Civil Veterinary Dept. Bombay admin report 1932-41 - 1932-1941
Year: 1932
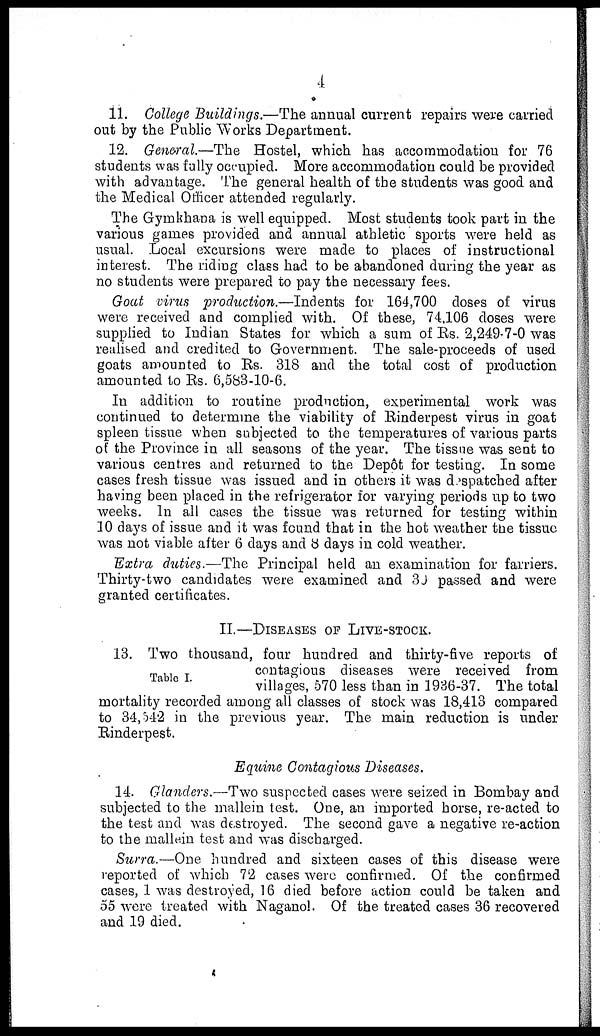
4
11. College Buildings.—The annual current repairs were carried
out by the Public Works Department.
12. General.—The Hostel, which has accommodation for 76
students was fully occupied. More accommodation could be provided
with advantage. The general health of the students was good and
the Medical Officer attended regularly.
The Gymkhana is well equipped. Most students took part in the
various games provided and annual athletic sports were held as
usual. Local excursions were made to places of instructional
interest. The riding class had to be abandoned during the year as
no students were prepared to pay the necessary fees.
Goat virus production.—Indents for 164,700 doses of virus
were received and complied with. Of these, 74,106 doses were
supplied to Indian States for which a sum of Rs. 2,249-7-0 was
realised and credited to Government. The sale-proceeds of used
goats amounted to Rs. 318 and the total cost of production
amounted to Rs. 6,583-10-6.
In addition to routine production, experimental work was
continued to determine the viability of Rinderpest virus in goat
spleen tissue when subjected to the temperatures of various parts
of the Province in all seasons of the year. The tissue was sent to
various centres and returned to the Depôt for testing. In some
cases fresh tissue was issued and in others it was despatched after
having been placed in the refrigerator for varying periods up to two
weeks. In all cases the tissue was returned for testing within
10 days of issue and it was found that in the hot weather the tissue
was not viable after 6 days and 8 days in cold weather.
Extra duties.—The Principal held an examination for farriers.
Thirty-two candidates were examined and 30 passed and were
granted certificates.
II.—DISEASES OF LIVE-STOCK
Table I.
13. Two thousand, four hundred and thirty-five reports of
contagious diseases were received from
villages, 570 less than in 1936-37. The total
mortality recorded among all classes of stock was 18,413 compared
to 34,542 in the previous year. The main reduction is under
Rinderpest.
Equine Contagious Diseases.
14. Glanders.—Two suspected cases were seized in Bombay and
subjected to the mallein test. One, an imported horse, re-acted to
the test and was destroyed. The second gave a negative re-action
to the mallein test and was discharged.
Surra.—One hundred and sixteen cases of this disease were
reported of which 72 cases were confirmed. Of the confirmed
cases, 1 was destroyed, 16 died before action could be taken and
55 were treated with Naganol. Of the treated cases 36 recovered
and 19 died.